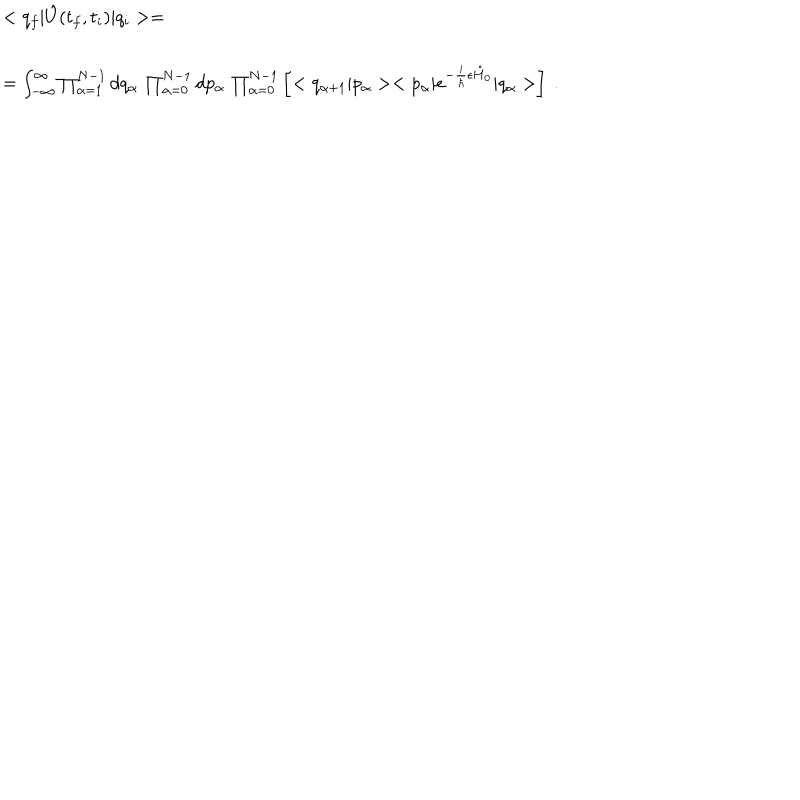
\begin{array} { r l } { { } } & { { < q _ { f } | \hat { U } ( t _ { f } , t _ { i } ) | q _ { i } > = } } \\ { { } } & { { } } \\ { { } } & { { = \int _ { - \infty } ^ { \infty } \prod _ { \alpha = 1 } ^ { N - 1 } d q _ { \alpha } \, \prod _ { \alpha = 0 } ^ { N - 1 } d p _ { \alpha } \, \prod _ { \alpha = 0 } ^ { N - 1 } \left[ < q _ { \alpha + 1 } | p _ { \alpha } > < p _ { \alpha } | e ^ { - \frac { i } { \hbar } \epsilon \hat { H } _ { 0 } } | q _ { \alpha } > \right] \ . } } \\ \end{array}